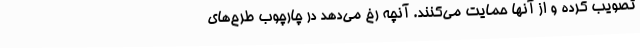
تصویب کرده و از آنها حمایت می‌کنند. آنچه رخ می‌دهد در چارچوب طرح‌های